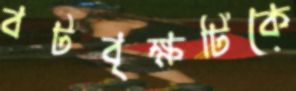
বটবৃক্ষটিকে